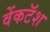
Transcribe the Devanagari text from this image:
वेंकटॅश